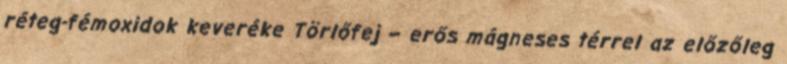
réteg-fémoxidok keveréke Törlőfej – erős mágneses térrel az előzőleg